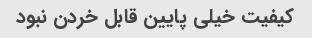
کیفیت خیلی پایین قابل خردن نبود